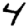
Digit: 4